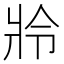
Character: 𤕵